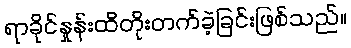
ရာခိုင်နှုန်းထိတိုးတက်ခဲ့ခြင်းဖြစ်သည်။